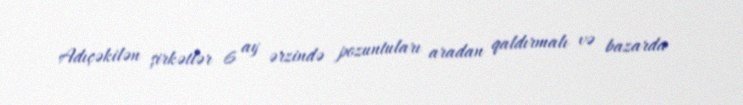
Adıçəkilən şirkətlər 6 ay ərzində pozuntuları aradan qaldırmalı və bazarda